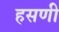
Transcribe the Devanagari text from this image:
हसणी